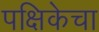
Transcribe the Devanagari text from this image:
पक्षिकेचा